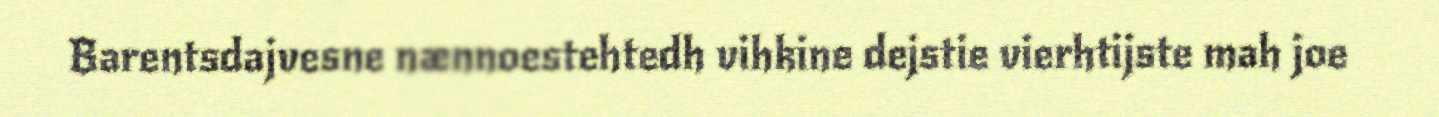
Barentsdajvesne nænnoestehtedh vihkine dejstie vierhtijste mah joe